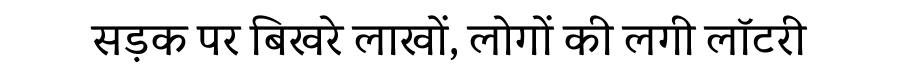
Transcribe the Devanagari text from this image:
सड़क पर बिखरे लाखों, लोगों की लगी लॉटरी